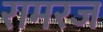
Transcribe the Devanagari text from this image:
रामरज